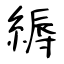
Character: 縟